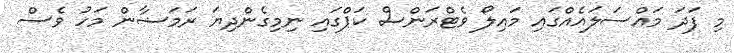
މި ފަދަ މައްސަލައެއްގައި މައިލޯ ވެޓްރަންސް ކަޕްގައި ނިމިގެންދިޔަ ރަމަޟާން މަހު ވެސް